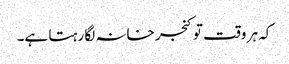
کہ ہر وقت تو کنجر خانہ لگا رہتا ہے۔